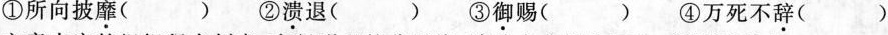
①所向披\underset{·}{靡}（）②\underset{·}{溃}退（）③\underset{·}{御}赐（）④万死不\underset{·}{辞}（）